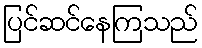
ပြင်ဆင်နေကြသည်